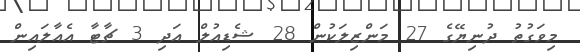
މިވަގުތު ދުނިޔޭގެ 27 މަންޒިލަކުން 28 ޝެޑިއުލް އަދި 3 ޗާޓާ އެއާލައިން